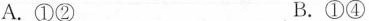
A.①② B.①④